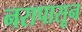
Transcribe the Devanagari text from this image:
नरापासून